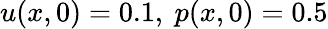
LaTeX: u(x,0)=0.1,\ p(x,0)=0.5